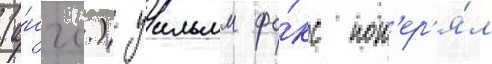
(а́нгл.) уильям фо́кс пот'ер'я́л